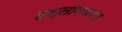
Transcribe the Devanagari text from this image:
हस्तोपकरण